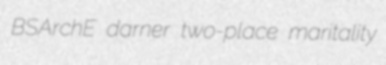
BSArchE darner two-place maritality